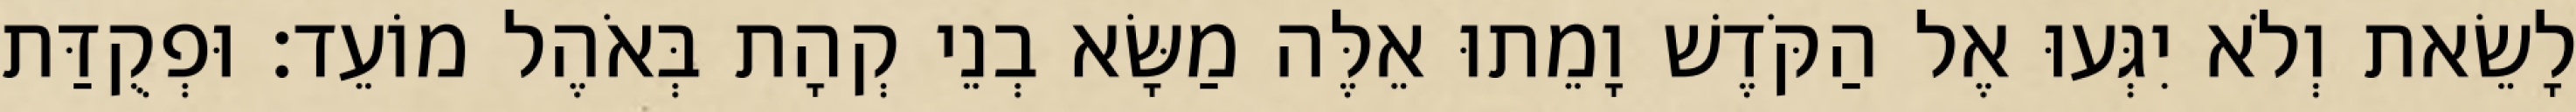
לָשֵׂאת וְלֹא יִגְּעוּ אֶל הַקֹּדֶשׁ וָמֵתוּ אֵלֶּה מַשָּׂא בְנֵי קְהָת בְּאֹהֶל מוֹעֵד׃ וּפְקֻדַּת